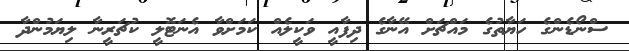
ސްނޯޑެންގެ ހަޔާތުގެ މައްޗަށް އޭނާގެ ދިފާއީ ވަކީލެއް ކަމަށްވާ އެނަޓޮލީ ކުޗަރީނާ ލިޔަމުންދާ